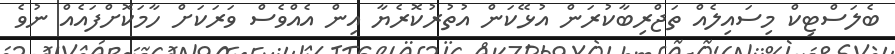
ބެލަސްޓިކް މިސައިލެއް ތަޖްރިބާކުރަން އުޅޭކަން އުތުރުކޮރެޔާ އިން އެއްވެސް ވަރަކަށް ހާމަކޮށްފައެއް ނުވެ